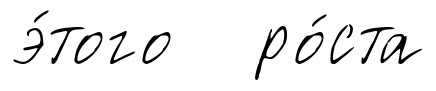
э́того ро́ста